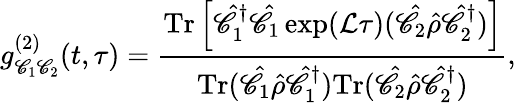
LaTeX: g_{\mathscr{C}_{1}\mathscr{C}_{2}}^{(2)}(t,\tau)=\frac{{\mathrm{{Tr}}\left[\hat{{\mathscr{C}}}_{1}^{\dagger}\hat{{\mathscr{C}}}_{1}\exp(\mathcal{{L}}\tau)(\hat{{\mathscr{C}}}_{2}\hat{{\rho}}\hat{{\mathscr{C}}}_{2}^{\dagger})\right]}}{{\mathrm{{Tr}}(\hat{{\mathscr{C}}}_{1}\hat{{\rho}}\hat{{\mathscr{C}}}_{1}^{\dagger})\mathrm{{Tr}}(\hat{{\mathscr{C}}}_{2}\hat{{\rho}}\hat{{\mathscr{C}}}_{2}^{\dagger})}},